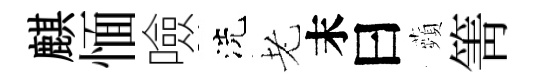
麒愐噞洗老末曰蘋箐